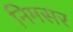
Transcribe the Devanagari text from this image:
निमसर